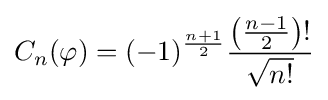
C_{n}(\varphi )=(-1)^{\frac {n+1}{2}}{\frac {\left({\frac {n-1}{2}}\right)!}{\sqrt {n!}}}